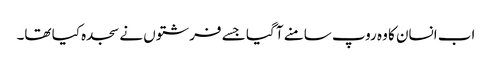
اب انسان کا وہ روپ سامنے آ گیا جسے فرشتوں نے سجدہ کیا تھا۔